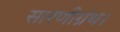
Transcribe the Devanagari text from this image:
सारणीग्रंथ।